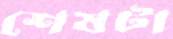
শেষটা